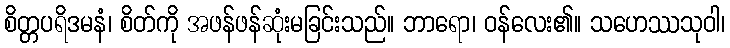
စိတ္တပရိဒမနံ၊ စိတ်ကို အဖန်ဖန်ဆုံးမခြင်းသည်။ ဘာရော၊ ဝန်လေး၏။ သဟေဿသုဝါ၊